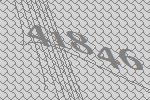
41846